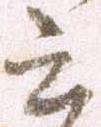
云